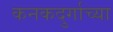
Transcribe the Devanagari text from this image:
कनकदुर्गाच्या